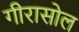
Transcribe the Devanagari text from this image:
गीरासोल